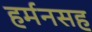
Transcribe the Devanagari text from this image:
हर्मनसह